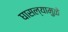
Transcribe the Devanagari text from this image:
घासल्यामुळे